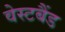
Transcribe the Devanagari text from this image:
वेस्टबैंड